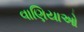
વાણિયાઓ